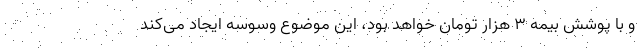
و با پوشش بیمه ۳ هزار تومان خواهد بود، این موضوع وسوسه ایجاد می‌کند